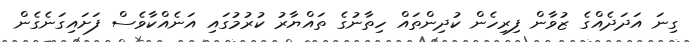
ގިނަ އަދަދެއްގެ ޒުވާން ފިރިހެން ކުދިންތައް ހިތާނުގެ ތައްޔާރު ކުރުމުގައި އަނެއްކާވެސް ފަށައިގަނެގެން